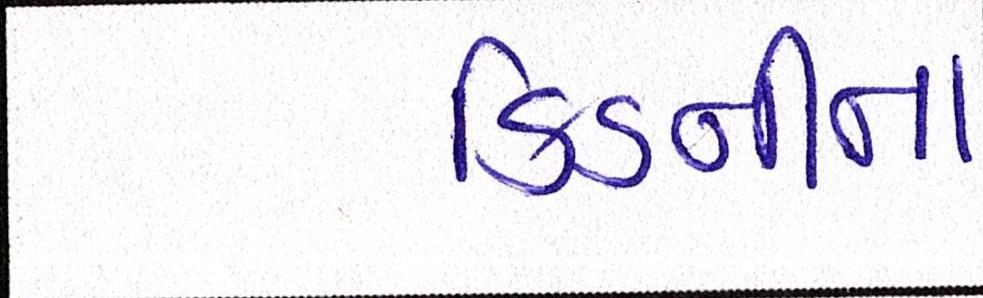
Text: કિડનીના